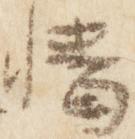
幡